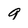
Character: 9